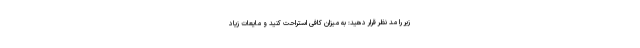
زیر را مد نظر قرار دهید: به میزان کافی استراحت کنید و مایعات زیاد